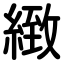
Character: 緻